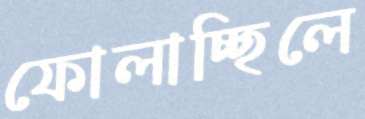
ফোলাচ্ছিলে